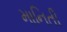
માનિતી